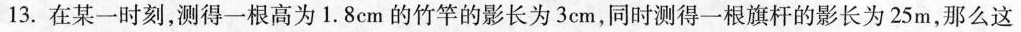
13.在某一时刻，测得一根高为1.8cm的竹竿的影长为3cm，同时测得一根旗杆的影长为25m，那么这